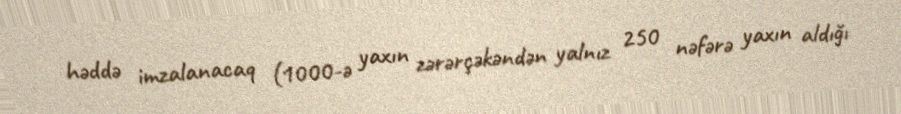
həddə imzalanacaq (1000-ə yaxın zərərçəkəndən yalnız 250 nəfərə yaxın aldığı